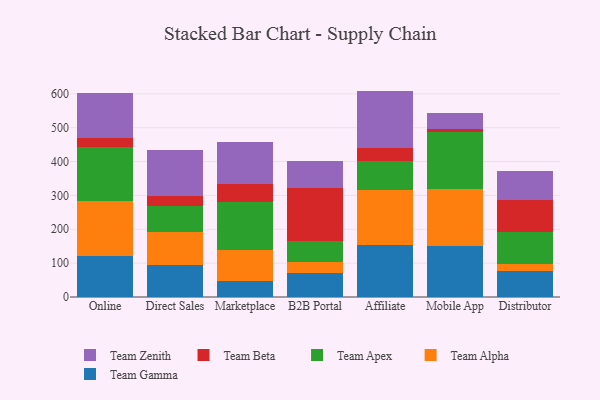
{"axis": {"x": "Channel", "y": "Budget (USD K)"}, "legend": ["Team Alpha", "Team Apex", "Team Beta", "Team Gamma", "Team Zenith"], "data": [{"x": "Online", "y": 120.3, "type": "Team Gamma"}, {"x": "Online", "y": 164.3, "type": "Team Alpha"}, {"x": "Online", "y": 157.4, "type": "Team Apex"}, {"x": "Online", "y": 26.4, "type": "Team Beta"}, {"x": "Online", "y": 134.2, "type": "Team Zenith"}, {"x": "Direct Sales", "y": 94.6, "type": "Team Gamma"}, {"x": "Direct Sales", "y": 96.1, "type": "Team Alpha"}, {"x": "Direct Sales", "y": 79.3, "type": "Team Apex"}, {"x": "Direct Sales", "y": 29.1, "type": "Team Beta"}, {"x": "Direct Sales", "y": 135.0, "type": "Team Zenith"}, {"x": "Marketplace", "y": 47.0, "type": "Team Gamma"}, {"x": "Marketplace", "y": 90.6, "type": "Team Alpha"}, {"x": "Marketplace", "y": 142.0, "type": "Team Apex"}, {"x": "Marketplace", "y": 53.2, "type": "Team Beta"}, {"x": "Marketplace", "y": 123.7, "type": "Team Zenith"}, {"x": "B2B Portal", "y": 71.2, "type": "Team Gamma"}, {"x": "B2B Portal", "y": 31.9, "type": "Team Alpha"}, {"x": "B2B Portal", "y": 62.7, "type": "Team Apex"}, {"x": "B2B Portal", "y": 156.6, "type": "Team Beta"}, {"x": "B2B Portal", "y": 78.8, "type": "Team Zenith"}, {"x": "Affiliate", "y": 153.2, "type": "Team Gamma"}, {"x": "Affiliate", "y": 162.5, "type": "Team Alpha"}, {"x": "Affiliate", "y": 86.1, "type": "Team Apex"}, {"x": "Affiliate", "y": 39.4, "type": "Team Beta"}, {"x": "Affiliate", "y": 167.5, "type": "Team Zenith"}, {"x": "Mobile App", "y": 151.8, "type": "Team Gamma"}, {"x": "Mobile App", "y": 166.2, "type": "Team Alpha"}, {"x": "Mobile App", "y": 168.2, "type": "Team Apex"}, {"x": "Mobile App", "y": 9.8, "type": "Team Beta"}, {"x": "Mobile App", "y": 47.8, "type": "Team Zenith"}, {"x": "Distributor", "y": 78.0, "type": "Team Gamma"}, {"x": "Distributor", "y": 18.6, "type": "Team Alpha"}, {"x": "Distributor", "y": 96.2, "type": "Team Apex"}, {"x": "Distributor", "y": 94.1, "type": "Team Beta"}, {"x": "Distributor", "y": 84.2, "type": "Team Zenith"}]}